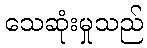
သေဆုံးမှုသည်